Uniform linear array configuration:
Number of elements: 64
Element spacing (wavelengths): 0.25
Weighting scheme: binomial
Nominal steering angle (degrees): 45
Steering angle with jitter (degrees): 45.414
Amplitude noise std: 0.05
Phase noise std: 0.05

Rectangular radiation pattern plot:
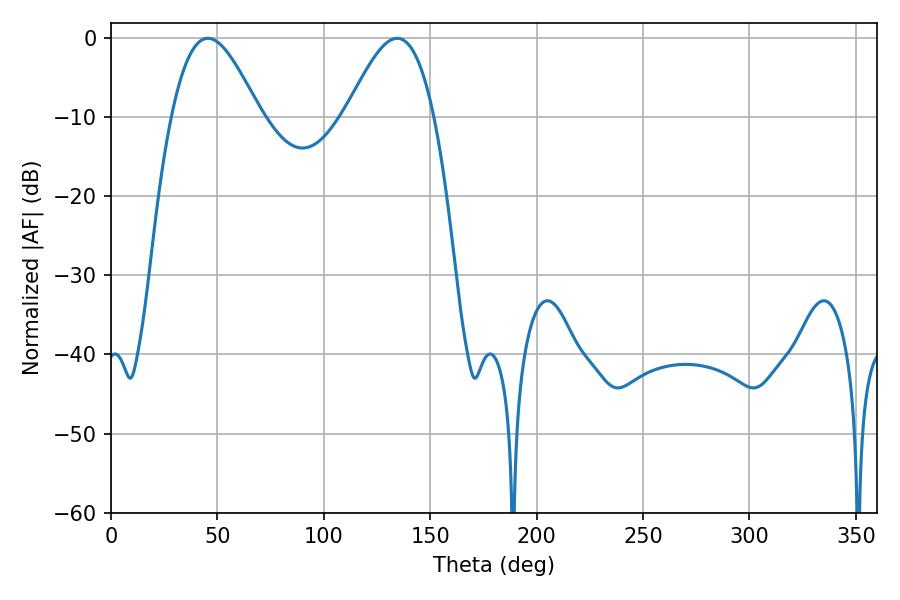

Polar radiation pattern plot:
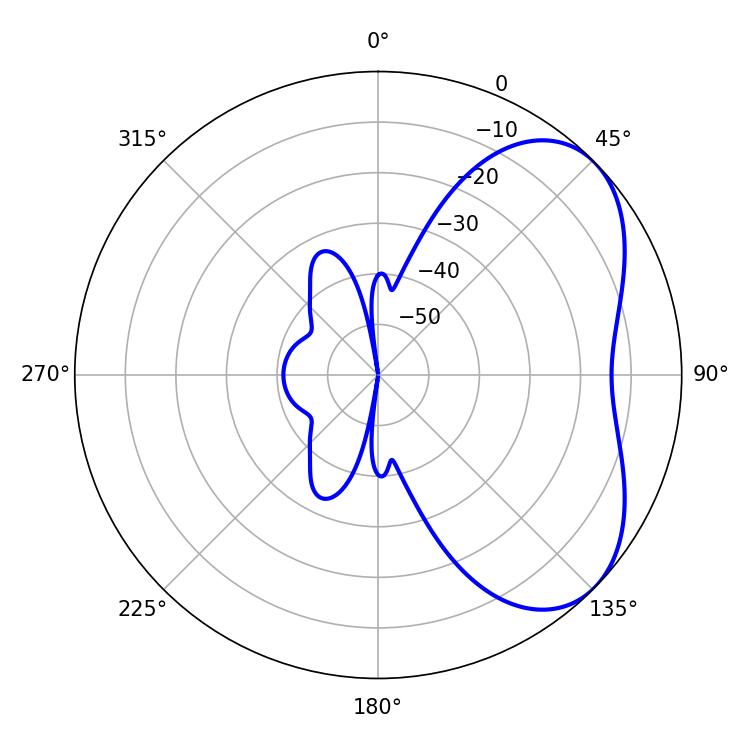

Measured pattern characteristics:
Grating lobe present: FALSE
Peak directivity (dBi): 4.902
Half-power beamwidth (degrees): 22.14
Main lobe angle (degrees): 45.54